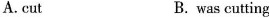
A.cut B. was cutting